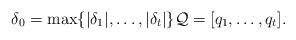
LaTeX: \begin{align*}\delta_0 = \max \{ |\delta_1|, \dots , |\delta_t| \} \mathcal{Q}=[ q_1,\dots , q_t ].\end{align*}